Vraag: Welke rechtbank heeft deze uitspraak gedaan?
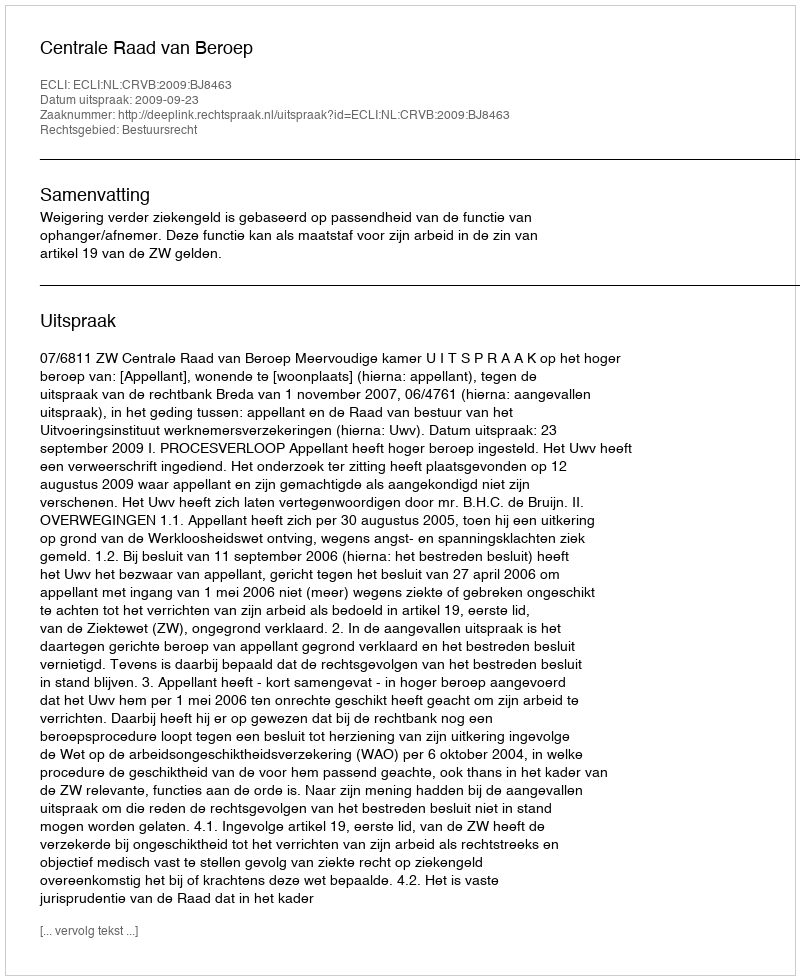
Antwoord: Centrale Raad van Beroep